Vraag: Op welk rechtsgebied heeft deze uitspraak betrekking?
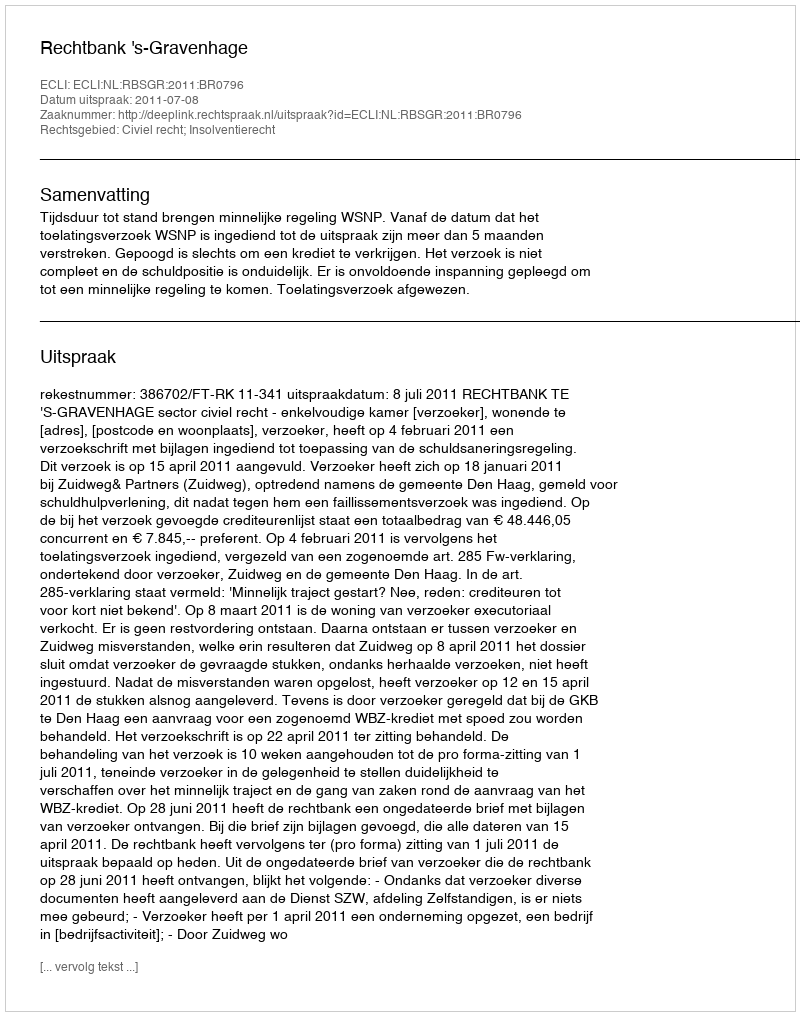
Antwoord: Civiel recht; Insolventierecht